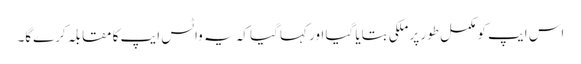
اس ایپ کو مکمل طور پر ملکی بتایا گیا اور کہا گیا کہ یہ واٹس ایپ کا مقابلہ کرےگا۔